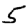
Digit: 5